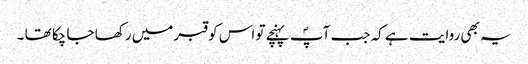
یہ بھی روایت ہے کہ جب آپؐ پہنچے تو اس کو قبر میں رکھا جا چکا تھا ۔